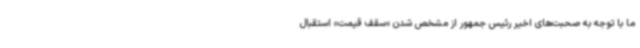
ما با توجه به صحبت‌های اخیر رئیس جمهور از مشخص شدن «سقف قیمت» استقبال